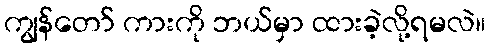
ကျွန်တော် ကားကို ဘယ်မှာ ထားခဲ့လို့ရမလဲ။